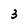
Character: 3